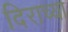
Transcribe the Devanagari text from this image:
दिराच्या